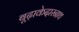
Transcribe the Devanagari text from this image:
बूढ़ाकेदारनाथ